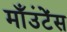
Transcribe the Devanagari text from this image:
माँउंटेंस